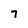
Character: 7